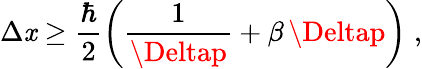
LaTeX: \Delta\mathit{x}\ge\frac{{\hbar}}{{2}}\left(\frac{{1}}{{\Deltap}}+\beta\, \Deltap\right)\; ,